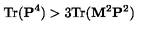
\mathrm { T r } ( { \bf P } ^ { 4 } ) > 3 \mathrm { T r } ( { \bf M } ^ { 2 } { \bf P } ^ { 2 } )